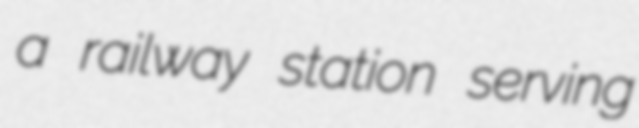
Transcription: a railway station serving